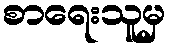
စာရေးသူမှ